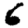
Digit: 6